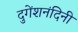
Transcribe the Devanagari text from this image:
दुगेंशनंदिनी